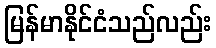
မြန်မာနိုင်ငံသည်လည်း